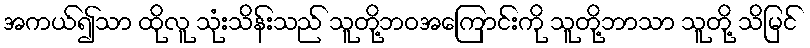
အကယ်၍သာ ထိုလူ သုံးသိန်းသည် သူတို့ဘဝအကြောင်းကို သူတို့ဘာသာ သူတို့ သိမြင်